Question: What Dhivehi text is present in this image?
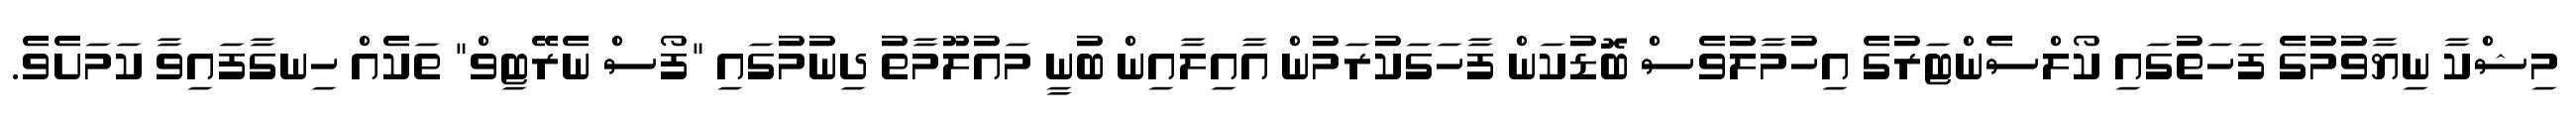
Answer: މިޝްކާ ނިޔާވުމުގެ ފަހަތުގައި ކޯލްސެންޓަރުގެ އިހުމާލުވެސް ބޮޑުކަން ފާހަގަކުރަމުން އާއިލާއިން ބުނީ މައުލޫމާތު ދިނުމުގައި "ފޯސް ނެރޭޓިވް" ތަކެއް ހިނގާފައިވާ ކަމަށެވެ.